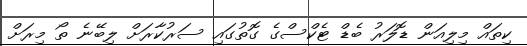
ކިތައް މިިލިއަން ޑޮލަރު ބެޑް ޓެކްސްގެ ގޮތުގައި ސަރުކާރަށް ލިބޭނެ ތޯ މިރަށް